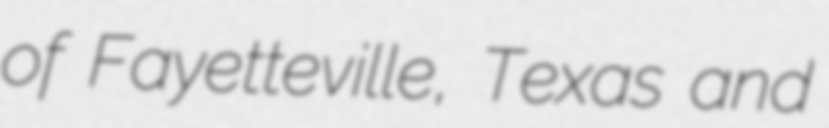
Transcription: of Fayetteville, Texas and